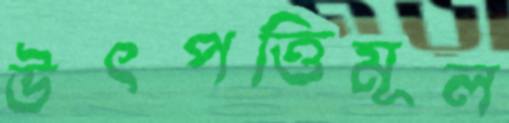
উৎপত্তিমূল